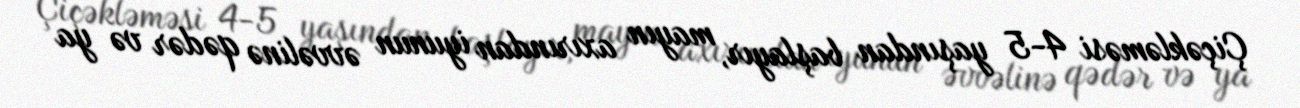
Çiçəkləməsi 4-5 yaşından başlayır, mayın axırından iyunun əvvəlinə qədər və ya